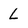
Character: L